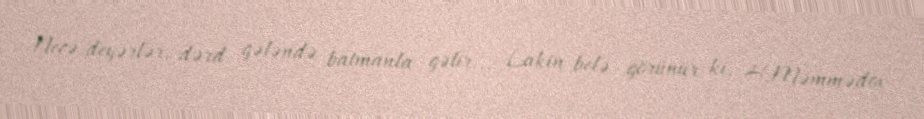
Necə deyərlər, dərd gələndə batmanla gəlir... Lakin belə görünür ki, H.Məmmədov